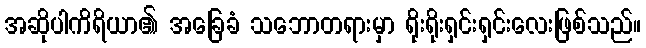
အဆိုပါကိရိယာ၏ အခြေခံ သဘောတရားမှာ ရိုးရိုးရှင်းရှင်းလေးဖြစ်သည်။